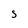
Character: S